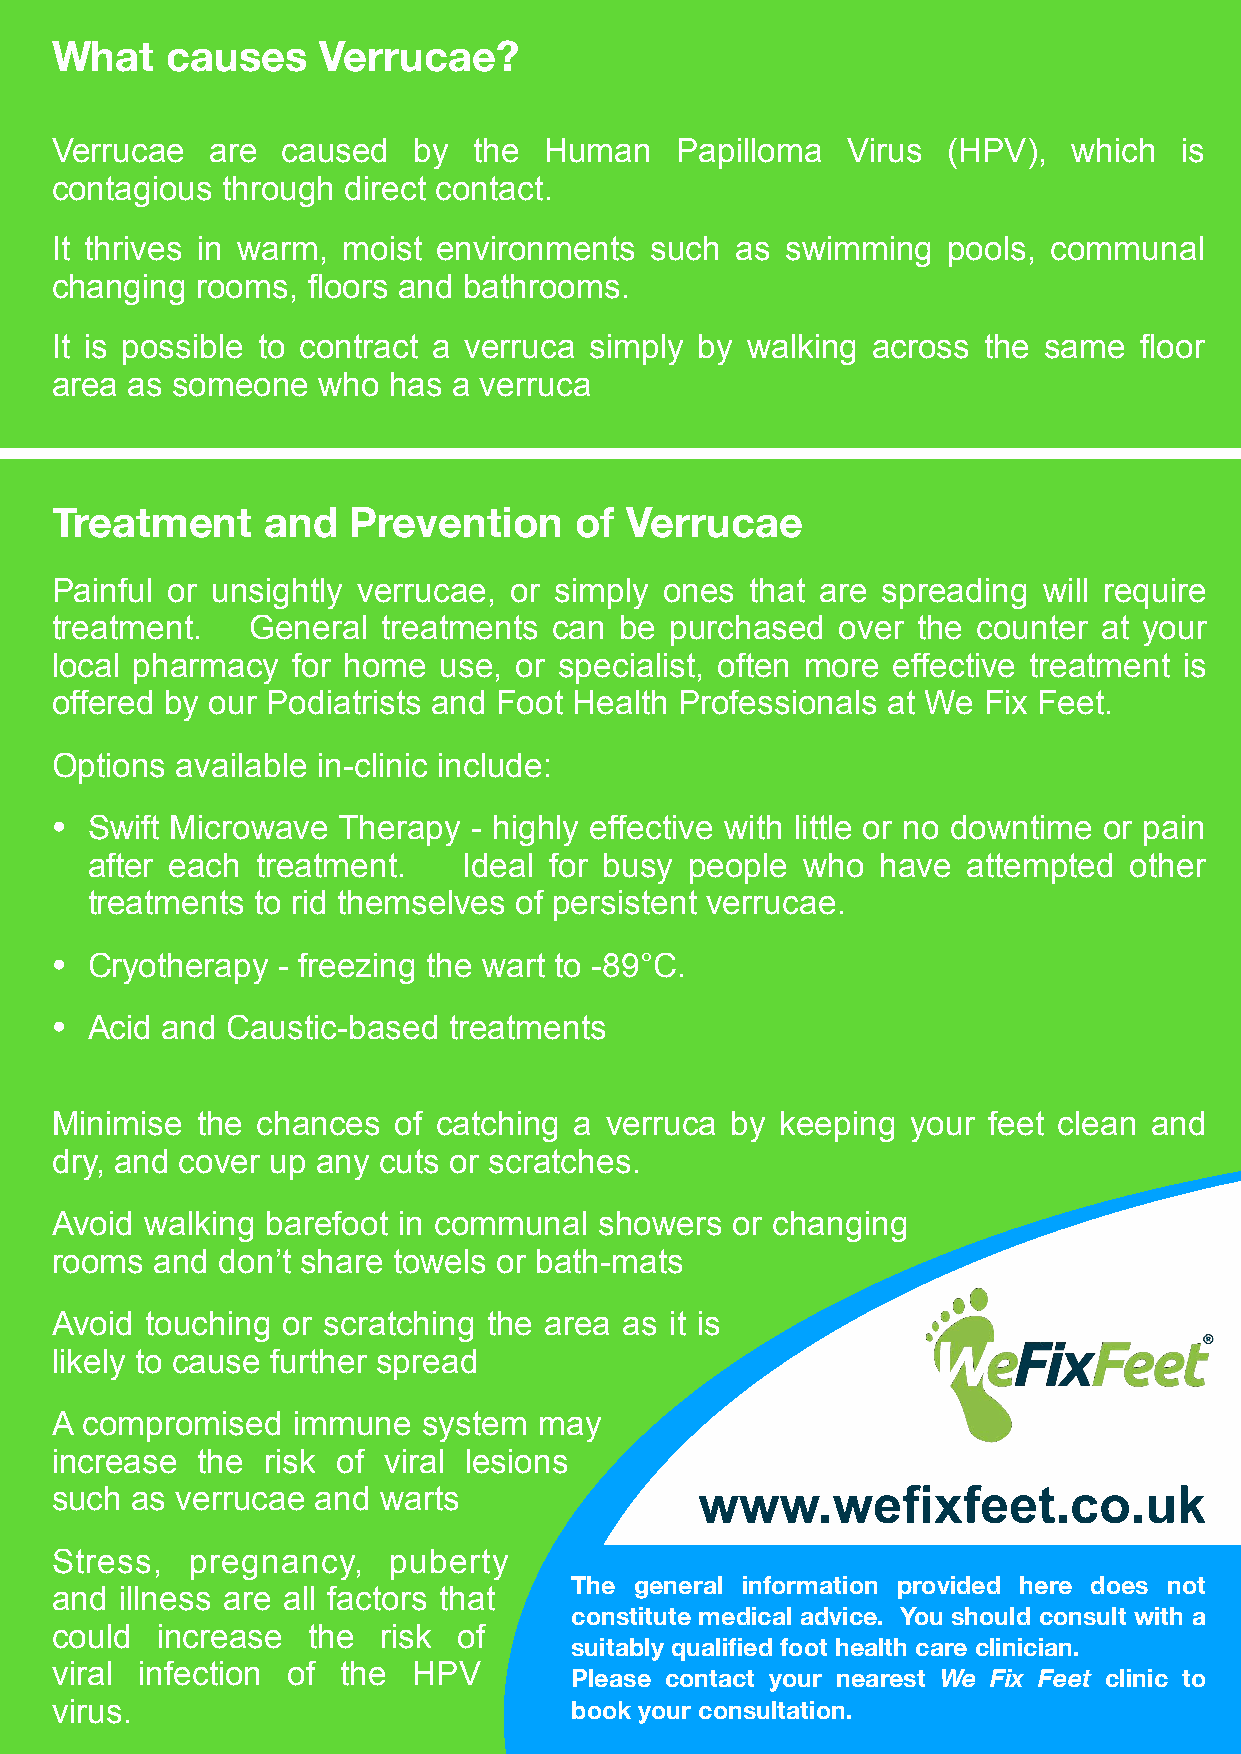
What    causes    Verrucae?
 Verrucae   are  caused  by  the  Human    Papilloma  Virus  (HPV),  which  is
 contagious  through direct contact.
 It thrives in warm, moist environments  such  as swimming   pools, communal
 changing  rooms, floors and bathrooms.
 It is possible to contract a verruca simply by walking across the same  floor
 area as someone   who  has a verruca
 Treatment     and   Prevention     of Verrucae
 Painful or unsightly verrucae, or simply ones  that are spreading will require
 treatment.    General treatments  can be purchased   over the counter at your
 local pharmacy  for home  use, or specialist, often more effective treatment is
 offered by our Podiatrists and Foot Health Professionals at We Fix Feet.
 Options  available in-clinic include:
 •  Swift Microwave Therapy  - highly effective with little or no downtime or pain
 after each treatment.    Ideal for busy people who  have  attempted  other
 treatments to rid themselves of persistent verrucae.
 •  Cryotherapy - freezing the wart to -89°C.
 •  Acid and Caustic-based  treatments
 Minimise  the chances  of catching a verruca by  keeping your feet clean and
 dry, and cover up any cuts or scratches.
 Avoid  walking barefoot in communal  showers  or changing
 rooms  and don’t share towels or bath-mats
 Avoid  touching or scratching the area as it is
 likely to cause further spread
 A compromised   immune   system  may
 increase  the risk of viral lesions
 such  as verrucae and warts                www.wefixfeet.co.uk
 Stress,   pregnancy,   puberty
 The general information provided here does not
 and  illness are all factors that
 constitute medical advice. You should consult with a
 could  increase  the  risk of
 suitably qualified foot health care clinician.
 viral infection of  the HPV
 Please contact your nearest We Fix Feet clinic to
 virus.                             book your consultation.